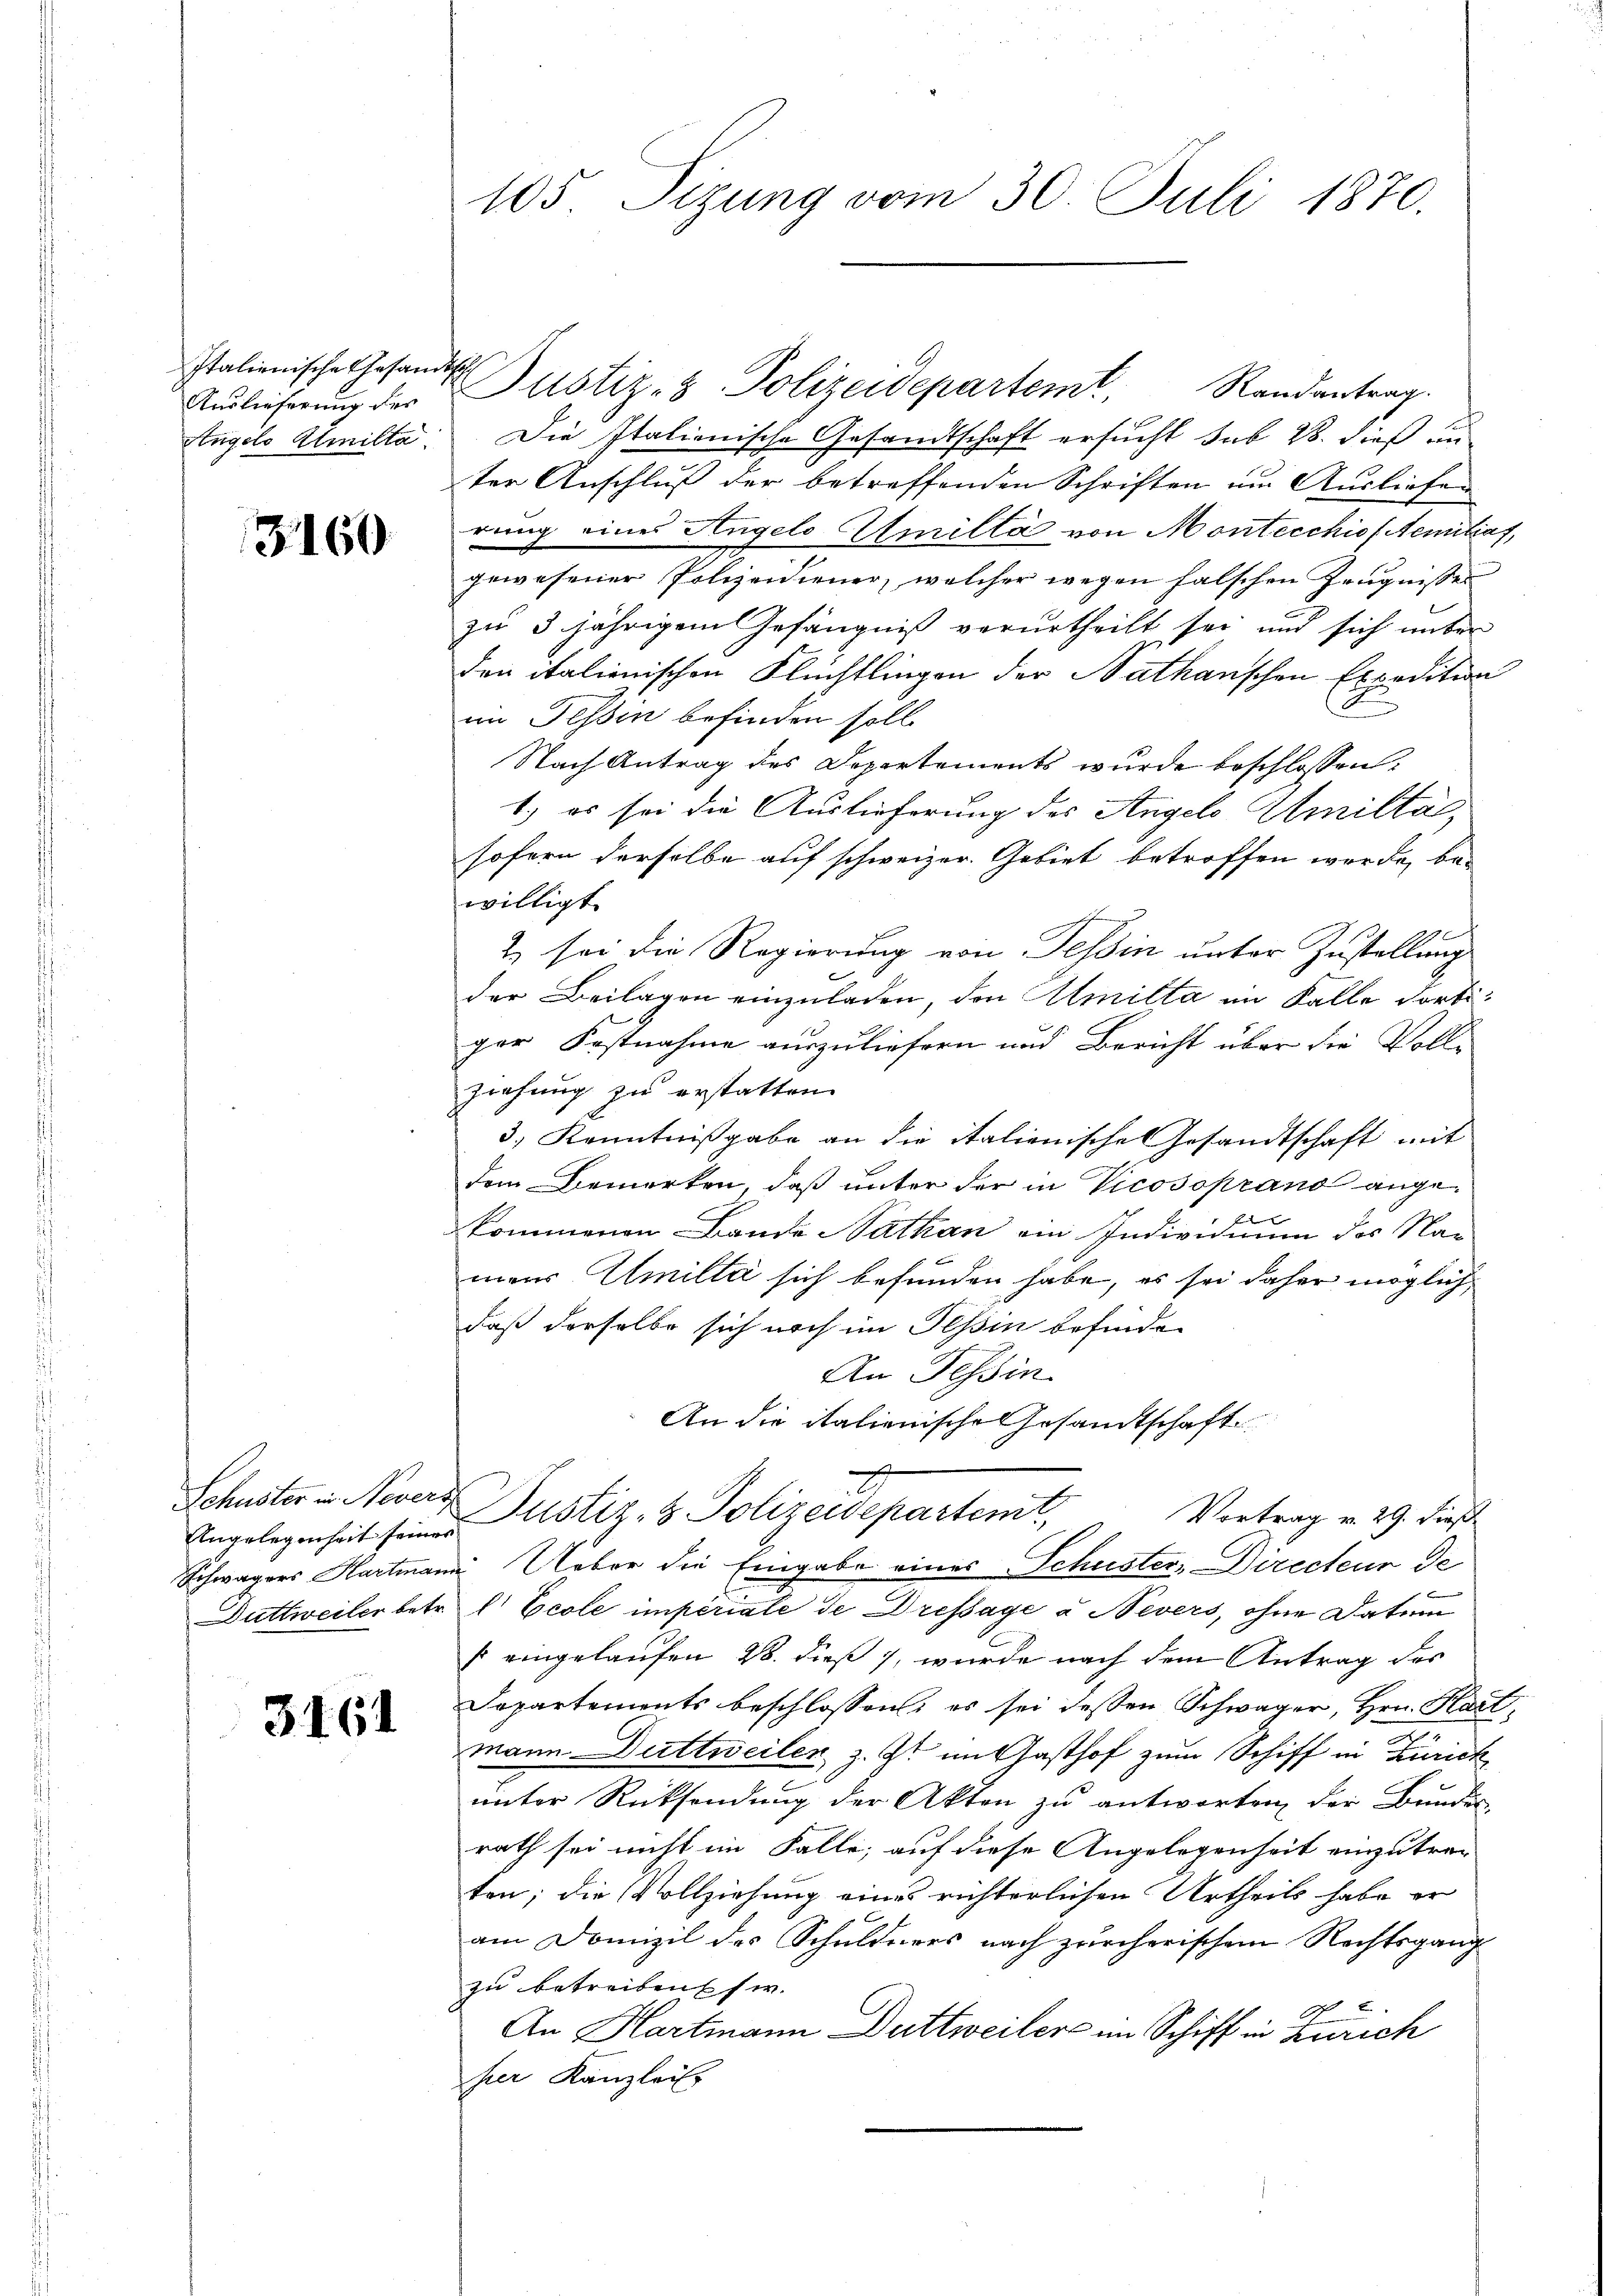
Italienische Gesandtsch
Auslieferung des
Angelo Elmilta.

3160

Angelegenheit seiner

3161

Justiz- & Polizeidepartem Randantrag.
Die Italienische Gesandtschaft ersucht sub 28. dieß un-
ter Anschluß der betreffenden Schriften um Ausliefen
rung eines Angelo Amilla von Montecchio Aemitiat,
gewesener Polizeidiener, welcher wegen falschen Zeugnisses
zu 3 jährigem Gefängniß verurtheilt sei und sich unter
den italienischen Flüchtlingen der Nathanschen Expedition
im Tessin befinden soll.
Nach Antrag des Departements wurde beschlossen:
1.) es sei die Auslieferung des Angelo Amiltät,
sofern derselbe auf schweizer. Gebiet betroffen werde, bewilligt.
2 sei die Regierung von Tessin unter Zustellung
der Beilagen einzuladen, den Amilta im Falle dortiger Postnahme auszuliefern und Bericht über die Voll-
ziehung zu erstatten.
3) Kenntnißgabe an die italienische Gesandtschaft mit
dem Bemerken, daß unter der in Vicosoprand angee
kommenen Bande Nathan ein Individuum des Na-
mans Emilta sich befunden habe, es sei daher möglich
daß derselbe sich noch im Tessin befinden
An Tessin
An die italienische Gesandtschaft
Schuster - Muard Justiz- & Polizeidepartenit,
Vortrag v. 29. dieß
Schwagers Hartmann Ueber die Eingabe eines Schuster, Directeur de

Duttweiler betr. l Ecole imperiale de Dressage u. Nevers, ohne Datum
s eingelaufen 28. dieß, wurde nach dem Antrag des
Dapartements beschlossen: es sei dessen Schwager, Hrn. Hartmann Duttweiler z. Zt. im Gasthof zum Schiff in Zürich
unter Rücksendung der Akten zu antworten der Bundes
rath sei nicht im Falle, auf diese Angelegenheit einzutraten; die Vollziehung eines richterlichen Urtheils habe er
am Domizil des Schuldners nach zürcherischem Rechtsgang
zu betreibensw
An Hartmann Duttweiler im Schiff in Zürich
her Kanzlei

105. Sizung vom 30. Juli 1870.